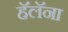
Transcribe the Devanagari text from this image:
हॅलॅना